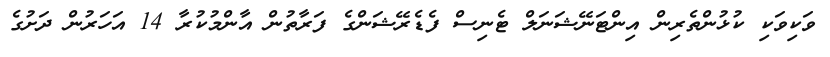
ވަކިވަކި ކުޅުންތެރިން އިންޓަނޭޝަނަލް ޓެނިސް ފެޑެރޭޝަންގެ ފަރާތުން އާންމުކުރާ 14 އަހަރުން ދަށުގެ